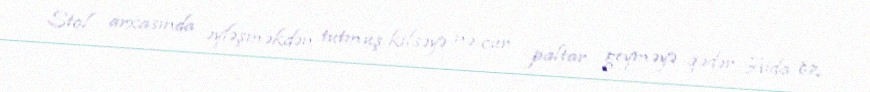
Stol arxasında əyləşməkdən tutmuş kilsəyə nə cür paltar geyməyə qədər Aida öz